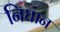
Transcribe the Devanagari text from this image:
निघान